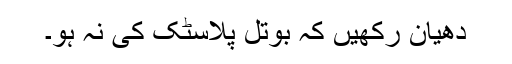
دھیان رکھیں کہ بوتل پلاسٹک کی نہ ہو۔